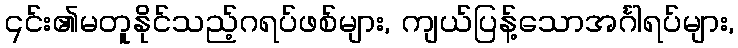
၎င်း၏မတူနိုင်သည့်ဂရပ်ဖစ်များ, ကျယ်ပြန့်သောအင်္ဂါရပ်များ,